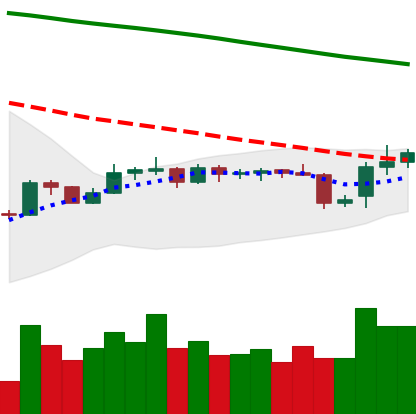
Ticker: BNB-USD
Chart end date: 2019-10-27
Forward return: 3.494%
Label: up_3_5